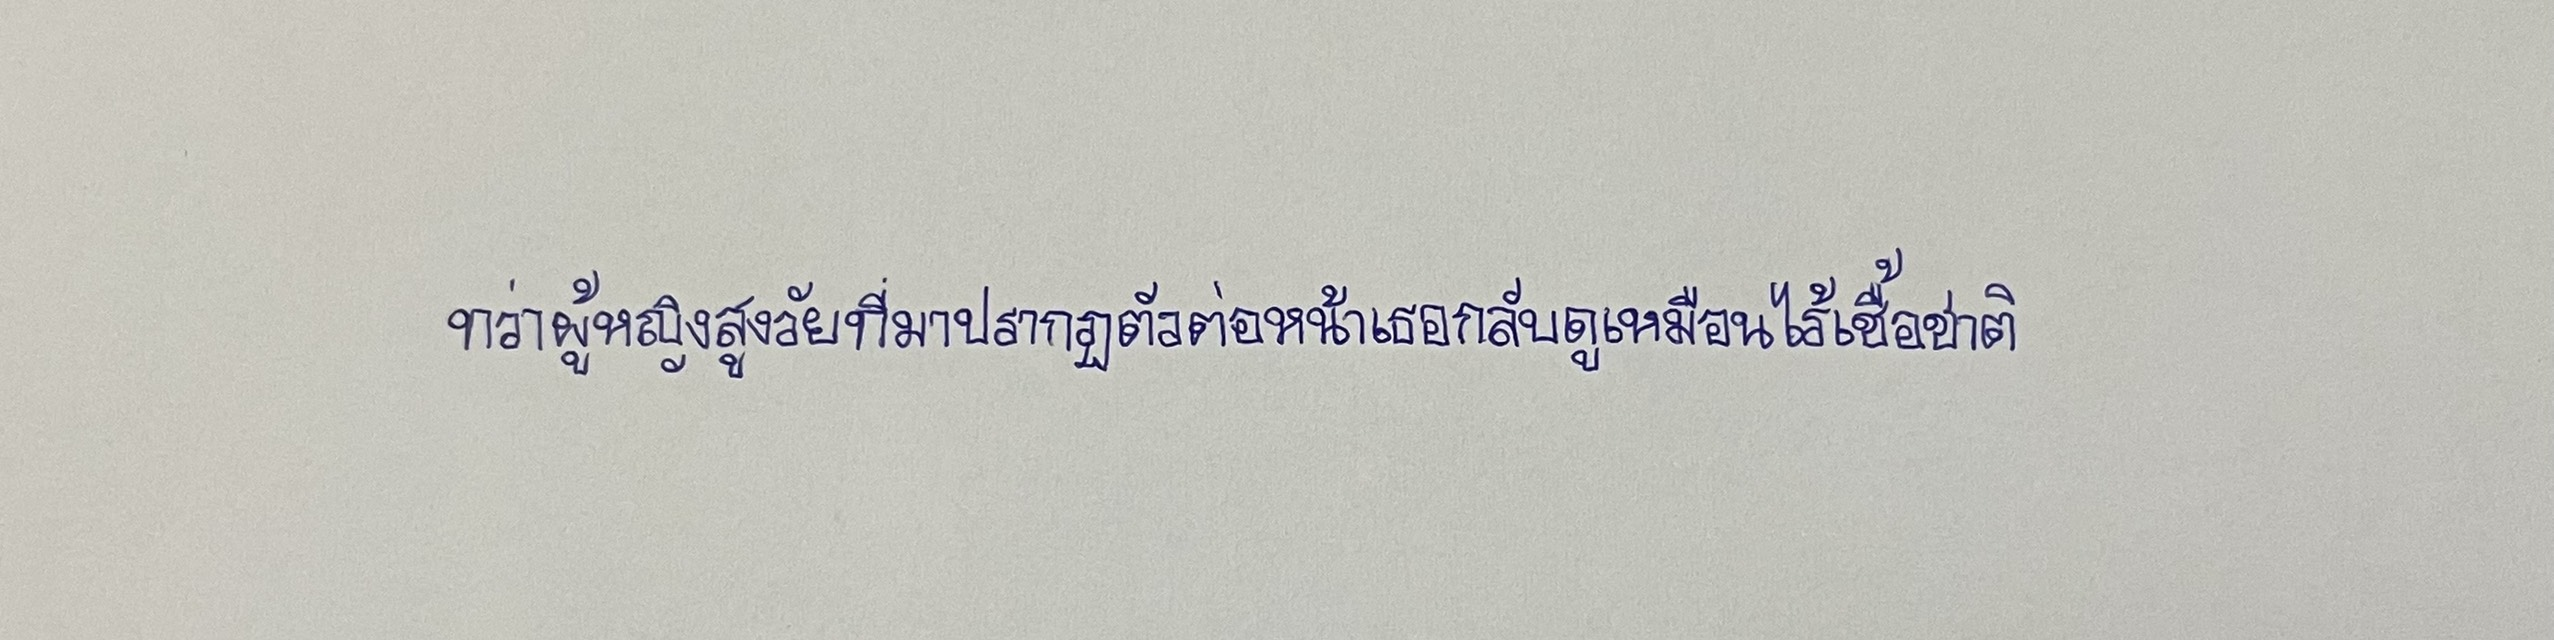
ทว่าผู้หญิงสูงวัยที่มาปรากฏตัวต่อหน้าเธอกลับดูเหมือนไร้เชื้อชาติ